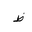
Letter: _za